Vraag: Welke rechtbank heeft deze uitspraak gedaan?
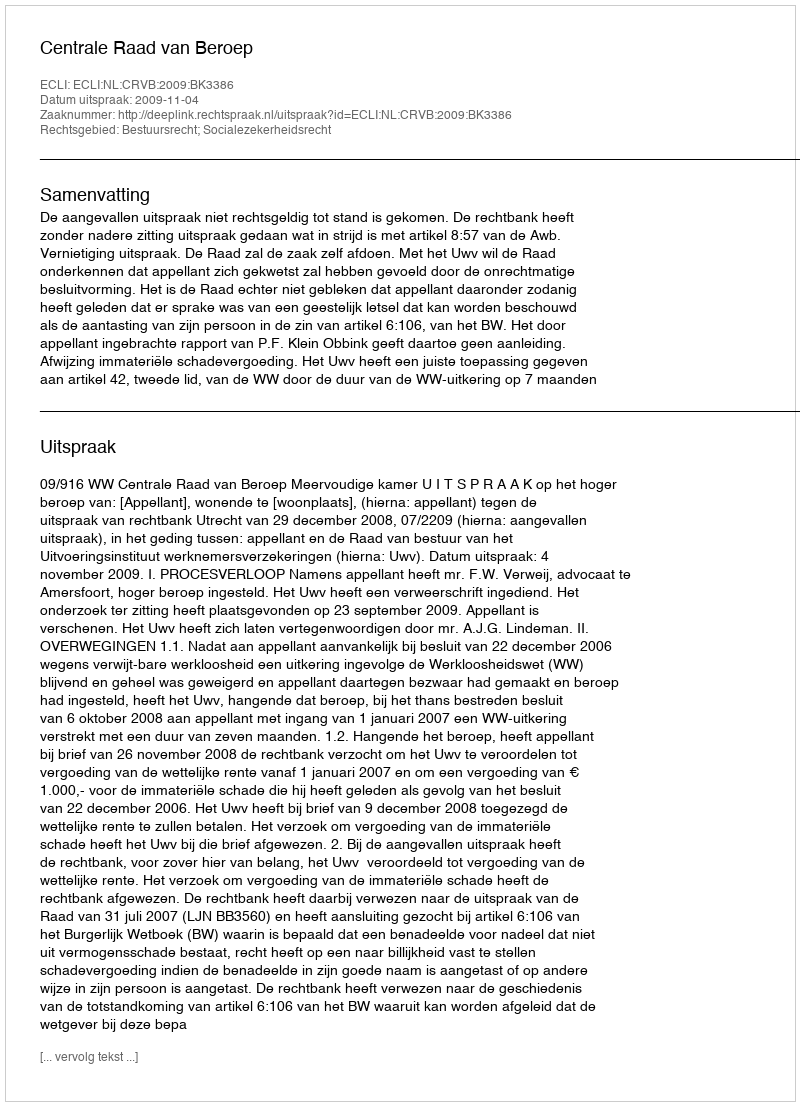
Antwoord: Centrale Raad van Beroep